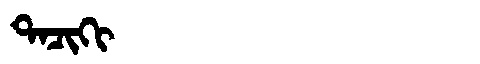
Manchu: ᡨᠠᠴᡳᡴᡳ
Romanization: TACIKI